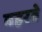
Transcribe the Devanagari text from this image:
बहरते